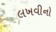
લખવીનો